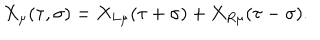
X _ { \mu } ( \tau , \sigma ) = X _ { L \mu } ( \tau + \sigma ) + X _ { R \mu } ( \tau - \sigma ) .